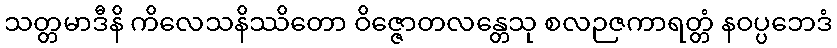
သတ္တမာဒီနိ ကိလေသနိဿိတော ဝိဇ္ဇောတလန္တေသု စလဉဇကာရတ္တံ နဝပ္ပဘေဒံ